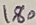
Text: 180